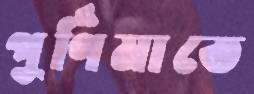
পূর্ণিমাতে